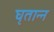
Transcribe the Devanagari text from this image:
घृतान्न